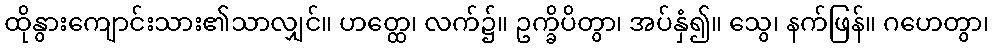
ထိုနွားကျောင်းသား၏သာလျှင်။ ဟတ္ထေ၊ လက်၌။ ဥက္ခိပိတွာ၊ အပ်နှံ၍။ သွေ၊ နက်ဖြန်။ ဂဟေတွာ၊